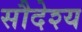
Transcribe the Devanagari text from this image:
सौदेश्य